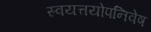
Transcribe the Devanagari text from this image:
स्वयत्तयोपनिवेष